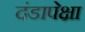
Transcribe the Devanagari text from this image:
दंडापेक्षा